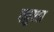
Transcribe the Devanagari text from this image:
फ्युएल